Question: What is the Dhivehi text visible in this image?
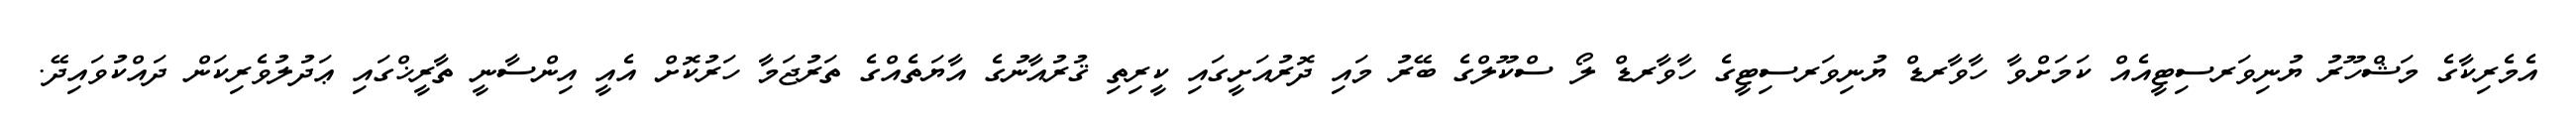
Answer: އެމެރިކާގެ މަޝްހޫރު ޔުނިވަރސިޓީއެއް ކަމަށްވާ ހާވާރޑް ޔުނިވަރސިޓީގެ ހާވާރޑް ލޯ ސްކޫލްގެ ބޭރު މައި ދޮރުއަށީގައި ކީރިތި ޤުރުއާނުގެ އާޔަތެއްގެ ތަރުޖަމާ ހަރުކޮށް އެއީ އިންސާނީ ތާރީޚްގައި ޢަދުލުވެރިކަން ދައްކުވައިދޭ.